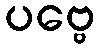
ပဗ္ဗေ